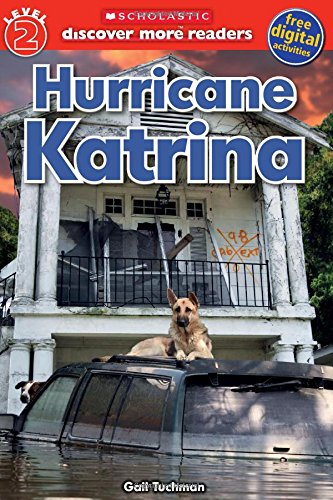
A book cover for Scholastic Discover More Reader Level 2: Hurricane Katrina; Gail Tuchman; Children's Books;